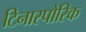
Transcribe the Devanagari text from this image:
टिनास्पोरिक